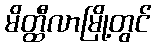
မိတ္ထီလာမြို့တွင်